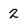
Character: 2